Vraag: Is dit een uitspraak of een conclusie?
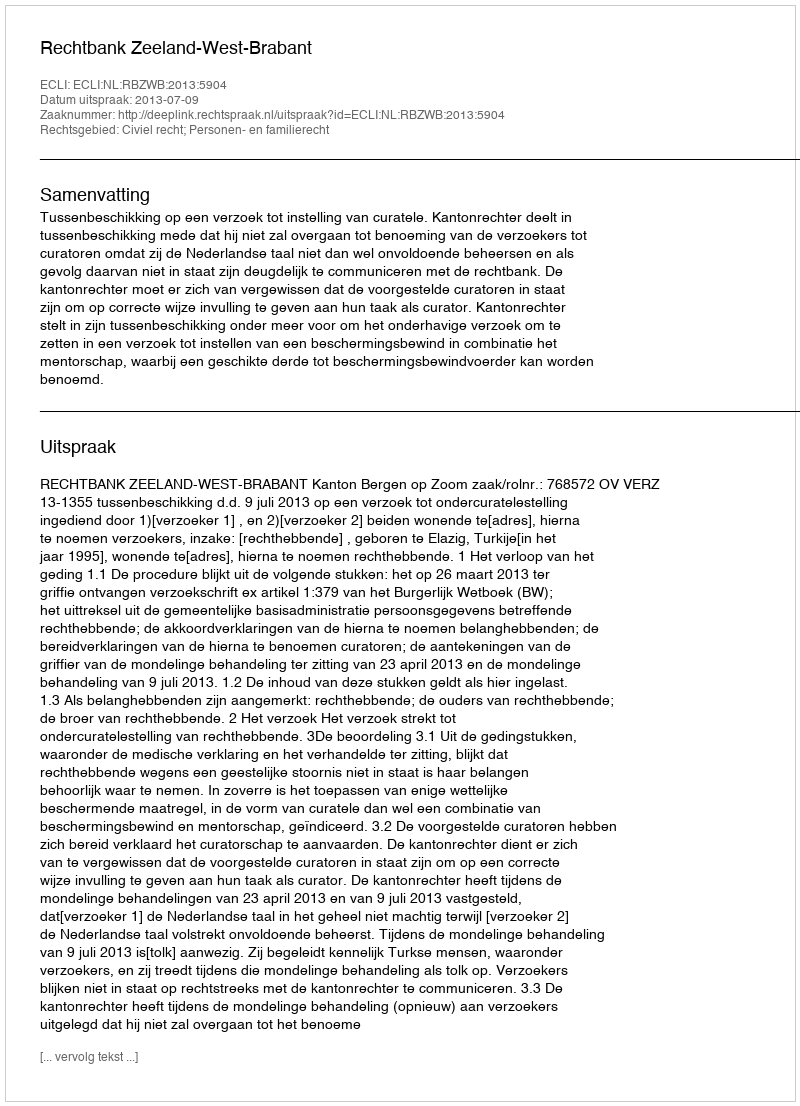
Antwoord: Uitspraak